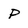
Character: P